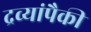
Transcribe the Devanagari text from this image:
द्रव्यांपैकी